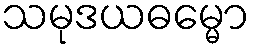
သမုဒယဓမ္မော